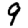
Digit: 9